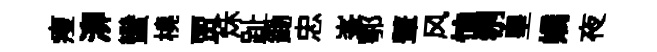
瘦泖蠻橈贾秌趾鋤忠峯鄂鼙风恤刎皇嬌夜